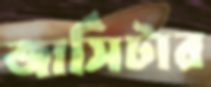
জার্সিটার